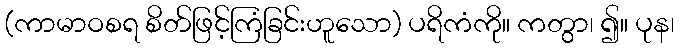
(ကာမာဝစရ စိတ်ဖြင့်ကြံခြင်းဟူသော) ပရိကံကို။ ကတွာ၊ ၍။ ပုန၊